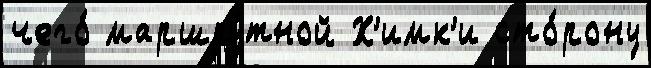
чего́ маршру́тной Х'имк'и сто́рону